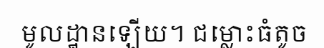
មូលដ្ឋានឡើយ។ ជម្លោះធំតូច